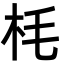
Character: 枆